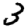
Digit: 3